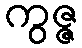
ကွဇ္ဇ